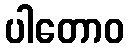
ပါတောဝ